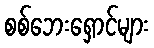
စစ်ဘေးရှောင်များ